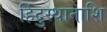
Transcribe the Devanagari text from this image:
हिंदुस्थानाशि